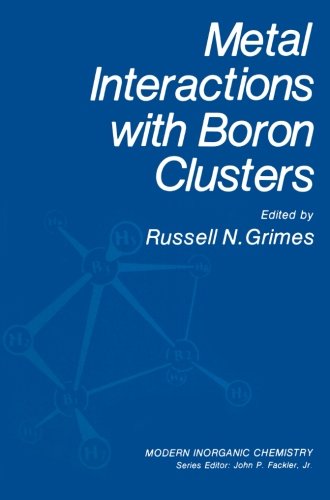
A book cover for Metal Interactions with Boron Clusters (Modern Inorganic Chemistry); Russell N. Grimes; Science & Math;